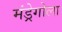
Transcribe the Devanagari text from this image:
मंड्रेगोला